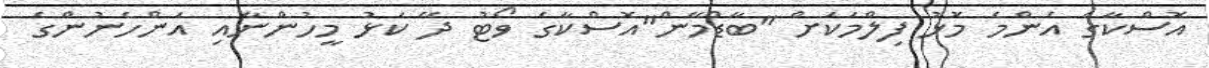
އޮސްކާގެ އެންމެ މޮޅު ފިލްމަކަށް "ބާޑްމޭން"އޮސްކާގެ ވޯޓު ދޭ ކަޅު މީހުންނާއި އަންހެނުންގެ